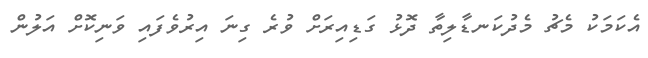
އެކަމަކު މެޗު މެދުކަނޑާލިތާ ދޮޅު ގަޑިއިރަށް ވުރެ ގިނަ އިރުވެފައި ވަނިކޮށް އަލުން